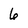
Character: 6